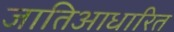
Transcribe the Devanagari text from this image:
जातिआधारित